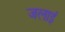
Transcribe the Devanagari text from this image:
जलाइं